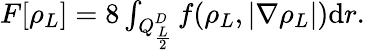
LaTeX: \begin{array}{r}{F[\rho_{L}]=8\int_{Q_{\frac{L}{2}}^{D}}f(\rho_{L},|\nabla\rho_{L}|)\mathrm{d}r.}\end{array}